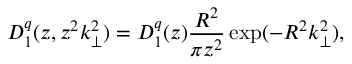
D _ { 1 } ^ { q } ( z , z ^ { 2 } k _ { \perp } ^ { 2 } ) = D _ { 1 } ^ { q } ( z ) \frac { R ^ { 2 } } { \pi z ^ { 2 } } \exp ( - R ^ { 2 } k _ { \perp } ^ { 2 } ) ,